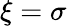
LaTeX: \xi=\sigma